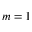
m = 1